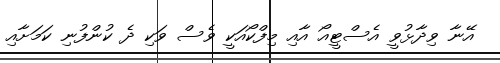
އޭނާ ވިދާޅުވީ އެސްޓީއޯ އާއި މިފްކޯއަކީ ވެސް ވަކި ދެ ކުންފުނި ކަމަށާއި